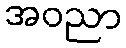
အဝညာ